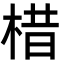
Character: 棤